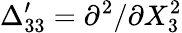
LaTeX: \Delta_{33}^{\prime}=\partial^{2}/\partial X_{3}^{2}